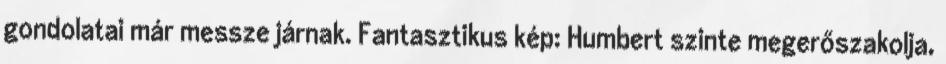
gondolatai már messze járnak. Fantasztikus kép: Humbert szinte megerőszakolja,